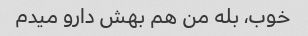
خوب، بله من هم بهش دارو میدم